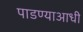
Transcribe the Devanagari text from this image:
पाडण्याआधी